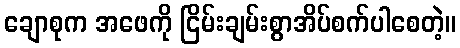
ချောစုက အဖေကို ငြိမ်းချမ်းစွာအိပ်စက်ပါစေတဲ့။